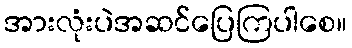
အားလုံးပဲအဆင်ပြေကြပါစေ။